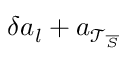
\delta \boldsymbol { a } _ { l } + \boldsymbol { a } _ { \mathcal { T } _ { \overline { { S } } } }